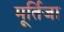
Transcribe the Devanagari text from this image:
मूर्तिजा